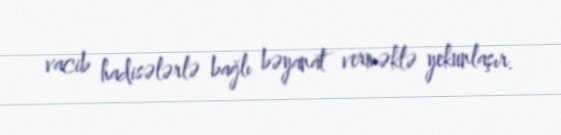
vacib hadisələrlə bağlı bəyanat verməklə yekunlaşır.